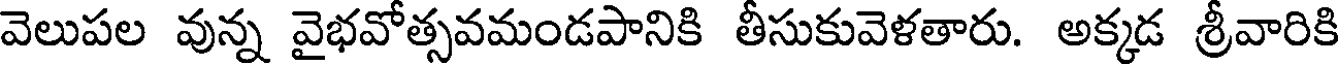
వెలుపల వున్న వైభవోత్సవమండపానికి తీసుకువెళతారు. అక్కడ శ్రీవారికి